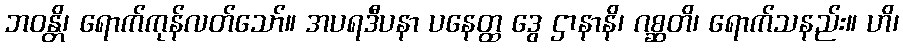
ဘဝန္တိ၊ ရောက်ကုန်လတ်သော်။ အပရဒီပနာ ပနေတ္ထ ဒွေ ဌာနာနိ၊ ဂစ္ဆတိ၊ ရောက်သနည်း။ ဟိ၊